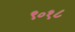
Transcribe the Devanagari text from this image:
९०१८